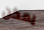
يمكن